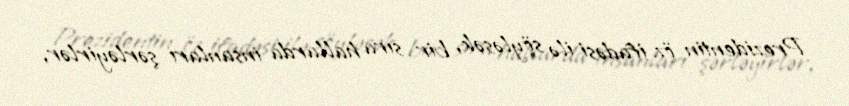
Prezidentin öz ifadəsi ilə söyləsək, bir sıra hallarda insanları şərləyirlər,